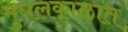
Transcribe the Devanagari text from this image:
मुघलकाळात